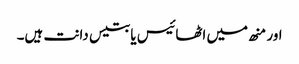
اور منھ میں اٹھائیس یا بتیس دانت ہیں۔